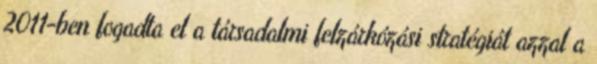
2011-ben fogadta el a társadalmi felzárkózási stratégiát azzal a